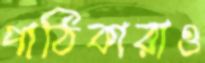
পাঠিকারাও